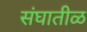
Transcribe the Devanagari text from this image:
संघातीळ